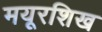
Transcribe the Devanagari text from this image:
मयूरशिख